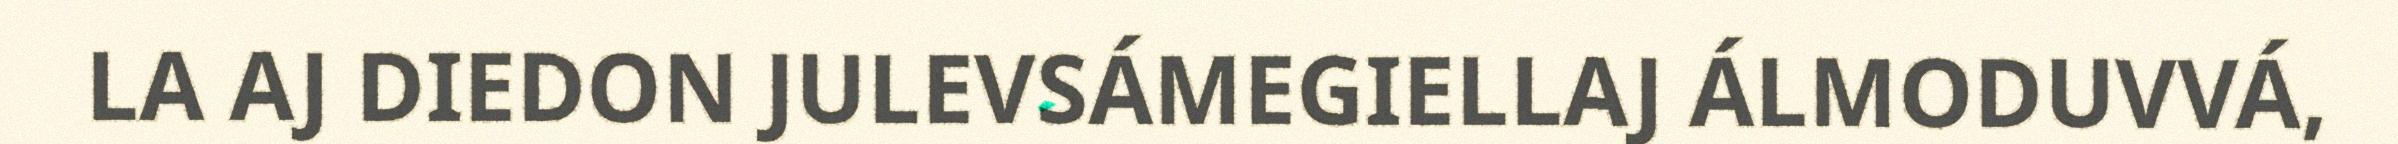
LA AJ DIEDON JULEVSÁMEGIELLAJ ÁLMODUVVÁ,